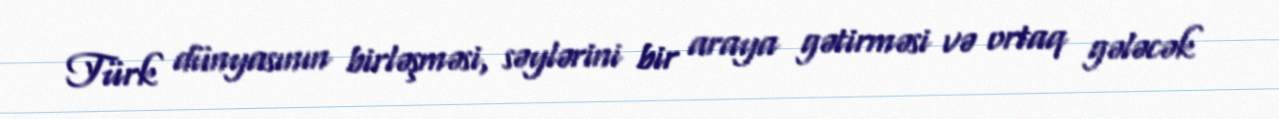
Türk dünyasının birləşməsi, səylərini bir araya gətirməsi və ortaq gələcək